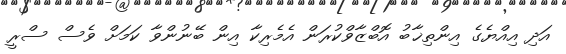
އަދި އިއްޔެގެ އިންތިޚާބު އޮބްޒާވްކުރަން އެމެރިކާ އިން ބޭނުންވާ ކަމަށް ވެސް ސްރީ